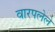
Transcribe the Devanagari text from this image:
वारपलेले